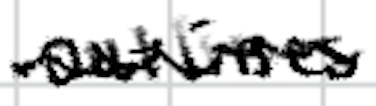
Text: outlines
Cross-out: wave
Writing tool: digital_black